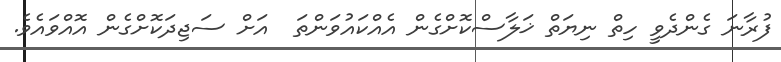
ފުރާނަ ގެންދެވީ ހިތް ނިޔަތް ޚަލާސްކޮށްގެން އެއްކައުވަންތަ  އަށް ސަޖިދަކޮށްގެން އޮއްވައެވެ.